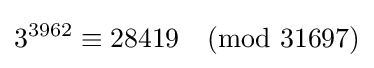
3^{3962}\equiv 28419{\pmod {31697}}